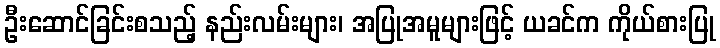
ဦးဆောင်ခြင်းစသည့် နည်းလမ်းများ၊ အပြုအမူများဖြင့် ယခင်က ကိုယ်စားပြု